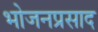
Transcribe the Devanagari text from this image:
भोजनप्रसाद